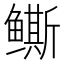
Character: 𱈒